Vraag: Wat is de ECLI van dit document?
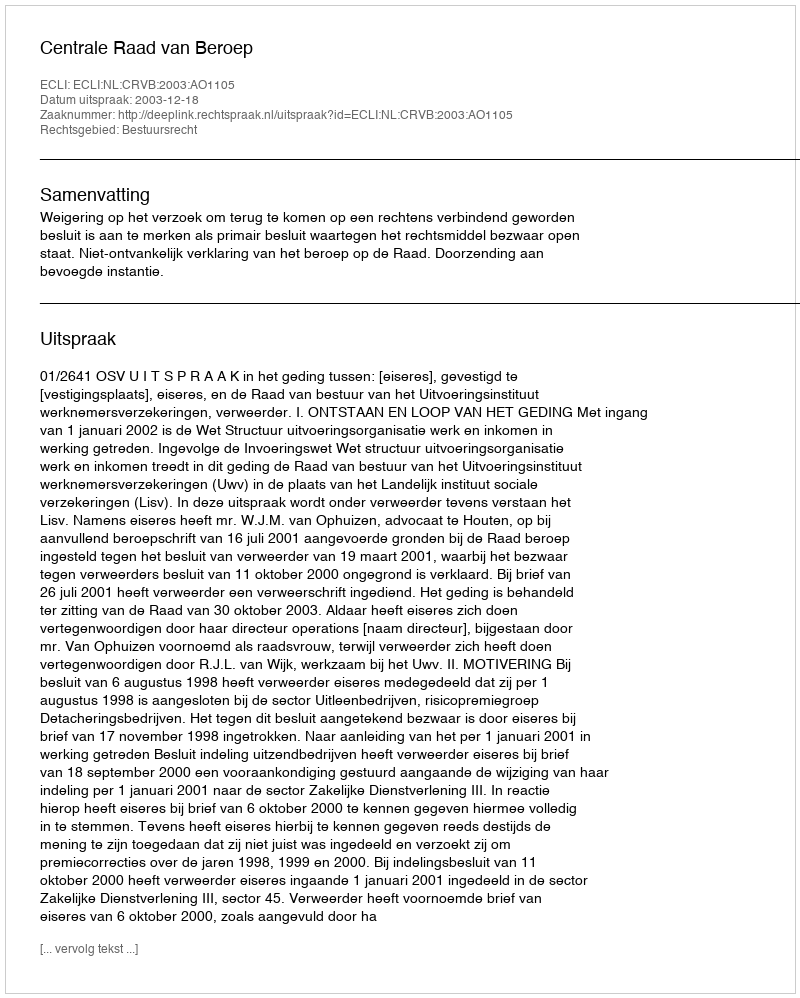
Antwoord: ECLI:NL:CRVB:2003:AO1105